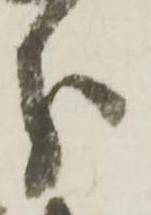
分